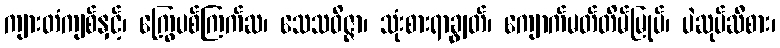
ကျားတံကျစ်နှင့်၊ ကြွေပစ်ကြက်ဆ၊ သေသဝိဇ္ဇာ၊ သုံးစားရာချွတ်၊ ကျောက်မတ်တိမ်မြုပ်၊ ပဲဆုပ်ဆီစား၊